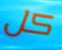
كل